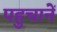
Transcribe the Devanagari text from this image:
पहुचानें